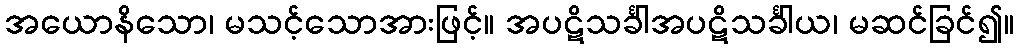
အယောနိသော၊ မသင့်သောအားဖြင့်။ အပဋိသင်္ခါအပဋိသင်္ခါယ၊ မဆင်ခြင်၍။